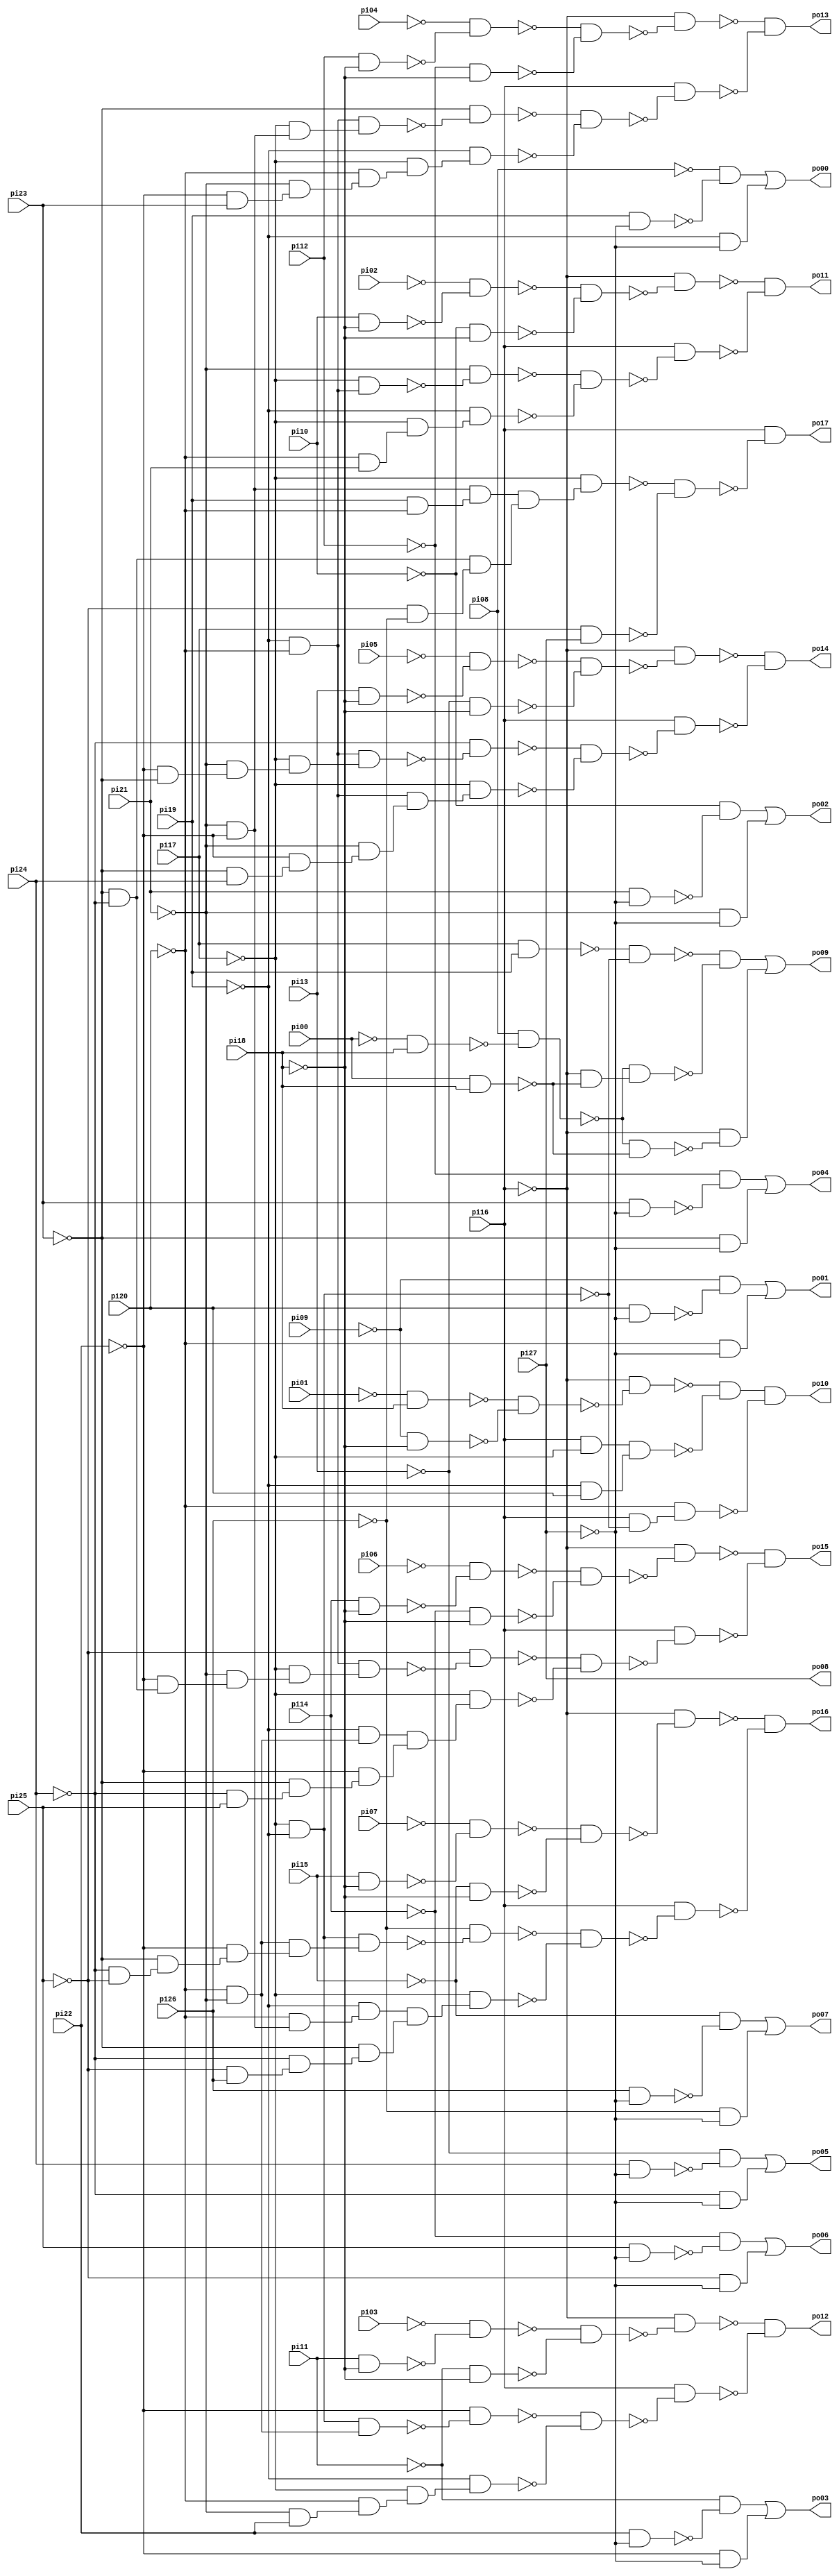
// Benchmark "c8" written by ABC on Sun Apr 22 21:42:59 2018

module c8 ( 
    pi00, pi01, pi02, pi03, pi04, pi05, pi06, pi07, pi08, pi09, pi10, pi11,
    pi12, pi13, pi14, pi15, pi16, pi17, pi18, pi19, pi20, pi21, pi22, pi23,
    pi24, pi25, pi26, pi27,
    po00, po01, po02, po03, po04, po05, po06, po07, po08, po09, po10, po11,
    po12, po13, po14, po15, po16, po17  );
  input  pi00, pi01, pi02, pi03, pi04, pi05, pi06, pi07, pi08, pi09,
    pi10, pi11, pi12, pi13, pi14, pi15, pi16, pi17, pi18, pi19, pi20, pi21,
    pi22, pi23, pi24, pi25, pi26, pi27;
  output po00, po01, po02, po03, po04, po05, po06, po07, po08, po09, po10,
    po11, po12, po13, po14, po15, po16, po17;
  wire n47, n48, n49, n51, n52, n53, n55, n56, n57, n59, n60, n61, n63, n64,
    n65, n67, n68, n69, n71, n72, n73, n75, n76, n77, n79, n80, n81, n82,
    n83, n84, n85, n86, n87, n88, n89, n91, n92, n93, n94, n95, n96, n97,
    n98, n99, n100, n102, n103, n104, n105, n106, n107, n108, n109, n110,
    n111, n112, n113, n114, n116, n117, n118, n119, n120, n121, n122, n123,
    n124, n125, n126, n127, n128, n129, n131, n132, n133, n134, n135, n136,
    n137, n138, n139, n140, n141, n142, n143, n144, n145, n146, n148, n149,
    n150, n151, n152, n153, n154, n155, n156, n157, n158, n159, n160, n161,
    n162, n163, n164, n166, n167, n168, n169, n170, n171, n172, n173, n174,
    n175, n176, n177, n178, n179, n180, n181, n182, n183, n184, n186, n187,
    n188, n189, n190, n191, n192, n193, n194, n195, n196, n197, n198, n199,
    n200, n201, n202, n203, n204, n205, n207, n208, n209, n210, n211, n212,
    n213, n214;
  assign n47 = pi19 & ~pi27;
  assign n48 = ~pi08 & ~n47;
  assign n49 = ~pi19 & ~pi27;
  assign po00 = n48 | n49;
  assign n51 = pi20 & ~pi27;
  assign n52 = ~pi09 & ~n51;
  assign n53 = ~pi20 & ~pi27;
  assign po01 = n52 | n53;
  assign n55 = pi21 & ~pi27;
  assign n56 = ~pi10 & ~n55;
  assign n57 = ~pi21 & ~pi27;
  assign po02 = n56 | n57;
  assign n59 = pi22 & ~pi27;
  assign n60 = ~pi11 & ~n59;
  assign n61 = ~pi22 & ~pi27;
  assign po03 = n60 | n61;
  assign n63 = pi23 & ~pi27;
  assign n64 = ~pi12 & ~n63;
  assign n65 = ~pi23 & ~pi27;
  assign po04 = n64 | n65;
  assign n67 = pi24 & ~pi27;
  assign n68 = ~pi13 & ~n67;
  assign n69 = ~pi24 & ~pi27;
  assign po05 = n68 | n69;
  assign n71 = pi25 & ~pi27;
  assign n72 = ~pi14 & ~n71;
  assign n73 = ~pi25 & ~pi27;
  assign po06 = n72 | n73;
  assign n75 = pi26 & ~pi27;
  assign n76 = ~pi15 & ~n75;
  assign n77 = ~pi26 & ~pi27;
  assign po07 = n76 | n77;
  assign n79 = pi17 & pi19;
  assign n80 = ~pi17 & ~pi19;
  assign n81 = ~n79 & ~n80;
  assign n82 = ~pi00 & pi18;
  assign n83 = pi08 & ~n82;
  assign n84 = pi00 & pi18;
  assign n85 = ~pi16 & ~n84;
  assign n86 = ~n83 & n85;
  assign n87 = ~n81 & ~n86;
  assign n88 = ~n83 & ~n84;
  assign n89 = ~pi16 & ~n88;
  assign po09 = n87 | n89;
  assign n91 = ~pi01 & pi18;
  assign n92 = ~pi09 & ~pi18;
  assign n93 = ~n91 & ~n92;
  assign n94 = ~pi16 & ~n93;
  assign n95 = pi16 & ~pi17;
  assign n96 = ~pi19 & pi20;
  assign n97 = n95 & n96;
  assign n98 = ~n94 & ~n97;
  assign n99 = pi16 & ~n80;
  assign n100 = ~pi20 & n99;
  assign po10 = n98 & ~n100;
  assign n102 = ~pi20 & pi21;
  assign n103 = ~pi19 & ~pi20;
  assign n104 = ~pi17 & n103;
  assign n105 = pi10 & ~pi18;
  assign n106 = ~pi02 & ~n105;
  assign n107 = ~pi10 & ~pi18;
  assign n108 = ~n106 & ~n107;
  assign n109 = ~pi16 & ~n108;
  assign n110 = ~pi21 & ~n104;
  assign n111 = ~pi17 & n102;
  assign n112 = ~pi19 & n111;
  assign n113 = ~n110 & ~n112;
  assign n114 = pi16 & ~n113;
  assign po11 = ~n109 & ~n114;
  assign n116 = ~pi21 & pi22;
  assign n117 = ~pi20 & n116;
  assign n118 = ~pi20 & ~pi21;
  assign n119 = n80 & n118;
  assign n120 = pi11 & ~pi18;
  assign n121 = ~pi03 & ~n120;
  assign n122 = ~pi11 & ~pi18;
  assign n123 = ~n121 & ~n122;
  assign n124 = ~pi16 & ~n123;
  assign n125 = ~pi22 & ~n119;
  assign n126 = ~pi17 & n117;
  assign n127 = ~pi19 & n126;
  assign n128 = ~n125 & ~n127;
  assign n129 = pi16 & ~n128;
  assign po12 = ~n124 & ~n129;
  assign n131 = ~pi22 & pi23;
  assign n132 = ~pi21 & n131;
  assign n133 = ~pi20 & n132;
  assign n134 = ~pi21 & ~pi22;
  assign n135 = ~pi17 & n134;
  assign n136 = n103 & n135;
  assign n137 = pi12 & ~pi18;
  assign n138 = ~pi04 & ~n137;
  assign n139 = ~pi12 & ~pi18;
  assign n140 = ~n138 & ~n139;
  assign n141 = ~pi16 & ~n140;
  assign n142 = ~pi23 & ~n136;
  assign n143 = ~pi17 & n133;
  assign n144 = ~pi19 & n143;
  assign n145 = ~n142 & ~n144;
  assign n146 = pi16 & ~n145;
  assign po13 = ~n141 & ~n146;
  assign n148 = ~pi23 & pi24;
  assign n149 = ~pi22 & n148;
  assign n150 = ~pi21 & n149;
  assign n151 = ~pi22 & ~pi23;
  assign n152 = ~pi21 & n151;
  assign n153 = ~pi17 & n152;
  assign n154 = n103 & n153;
  assign n155 = pi13 & ~pi18;
  assign n156 = ~pi05 & ~n155;
  assign n157 = ~pi13 & ~pi18;
  assign n158 = ~n156 & ~n157;
  assign n159 = ~pi16 & ~n158;
  assign n160 = ~pi24 & ~n154;
  assign n161 = n103 & n150;
  assign n162 = ~pi17 & n161;
  assign n163 = ~n160 & ~n162;
  assign n164 = pi16 & ~n163;
  assign po14 = ~n159 & ~n164;
  assign n166 = ~pi19 & n118;
  assign n167 = ~pi24 & pi25;
  assign n168 = ~pi23 & n167;
  assign n169 = ~pi22 & n168;
  assign n170 = ~pi23 & ~pi24;
  assign n171 = ~pi22 & n170;
  assign n172 = ~pi21 & n171;
  assign n173 = ~pi17 & n172;
  assign n174 = n103 & n173;
  assign n175 = pi14 & ~pi18;
  assign n176 = ~pi06 & ~n175;
  assign n177 = ~pi14 & ~pi18;
  assign n178 = ~n176 & ~n177;
  assign n179 = ~pi16 & ~n178;
  assign n180 = ~pi25 & ~n174;
  assign n181 = n166 & n169;
  assign n182 = ~pi17 & n181;
  assign n183 = ~n180 & ~n182;
  assign n184 = pi16 & ~n183;
  assign po15 = ~n179 & ~n184;
  assign n186 = ~pi20 & n134;
  assign n187 = ~pi19 & n186;
  assign n188 = ~pi25 & pi26;
  assign n189 = ~pi24 & n188;
  assign n190 = ~pi23 & n189;
  assign n191 = ~pi24 & ~pi25;
  assign n192 = ~pi23 & n191;
  assign n193 = ~pi22 & n192;
  assign n194 = n118 & n193;
  assign n195 = n80 & n194;
  assign n196 = pi15 & ~pi18;
  assign n197 = ~pi07 & ~n196;
  assign n198 = ~pi15 & ~pi18;
  assign n199 = ~n197 & ~n198;
  assign n200 = ~pi16 & ~n199;
  assign n201 = ~pi26 & ~n195;
  assign n202 = n187 & n190;
  assign n203 = ~pi17 & n202;
  assign n204 = ~n201 & ~n203;
  assign n205 = pi16 & ~n204;
  assign po16 = ~n200 & ~n205;
  assign n207 = pi19 & ~pi20;
  assign n208 = n134 & n207;
  assign n209 = ~pi25 & ~pi26;
  assign n210 = n170 & n209;
  assign n211 = n208 & n210;
  assign n212 = ~pi17 & n211;
  assign n213 = pi17 & pi27;
  assign n214 = ~n212 & ~n213;
  assign po17 = pi16 & ~n214;
  assign po08 = pi27;
endmodule